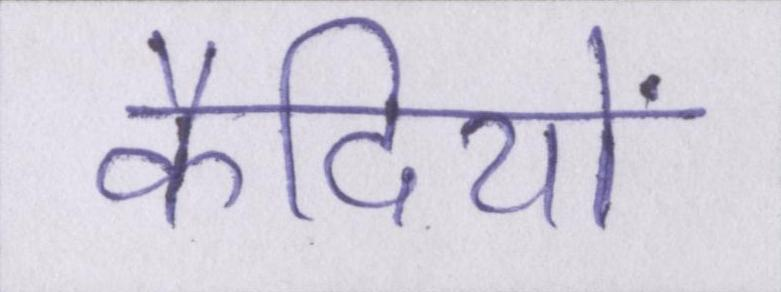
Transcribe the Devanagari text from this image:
कैदियों